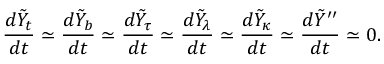
{ \frac { d \tilde { Y } _ { t } } { d t } } \simeq { \frac { d \tilde { Y } _ { b } } { d t } } \simeq { \frac { d \tilde { Y } _ { \tau } } { d t } } \simeq { \frac { d \tilde { Y } _ { \lambda } } { d t } } \simeq { \frac { d \tilde { Y } _ { \kappa } } { d t } } \simeq { \frac { d \tilde { Y } ^ { \prime \prime } } { d t } } \simeq 0 .